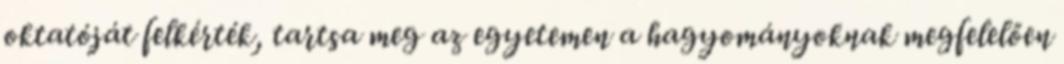
oktatóját felkérték, tartsa meg az egyetemen a hagyományoknak megfelelően